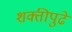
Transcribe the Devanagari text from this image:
शक्तीपुढे